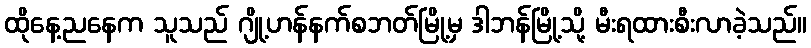
ထိုနေ့ညနေက သူသည် ဂျို့ဟန်နက်စဘတ်မြို့မှ ဒါဘန်မြို့သို့ မီးရထားစီးလာခဲ့သည်။